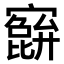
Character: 𫴕